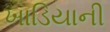
ખાડિયાની